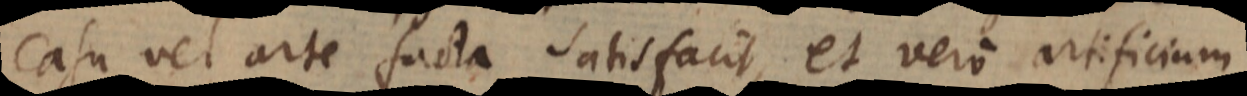
casu vel arte facta satisfacit, et vero artificium